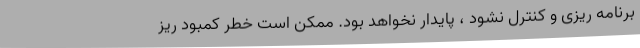
برنامه ریزی و کنترل نشود ، پایدار نخواهد بود. ممکن است خطر کمبود ریز